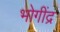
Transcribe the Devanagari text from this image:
भोगींद्र